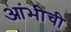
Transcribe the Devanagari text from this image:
आंभीची